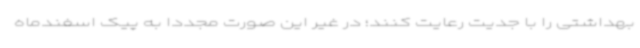
بهداشتی را با جدیت رعایت کنند؛ در غیر این صورت مجدداً به پیک اسفندماه